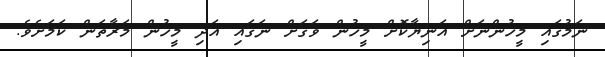
ނަމުގައި މީހުންނަށް އަނިޔާކޮށް މީހުން ވަގަށް ނަގައި އަދި މީހުން މަރާތަން ކަމަށެވެ.